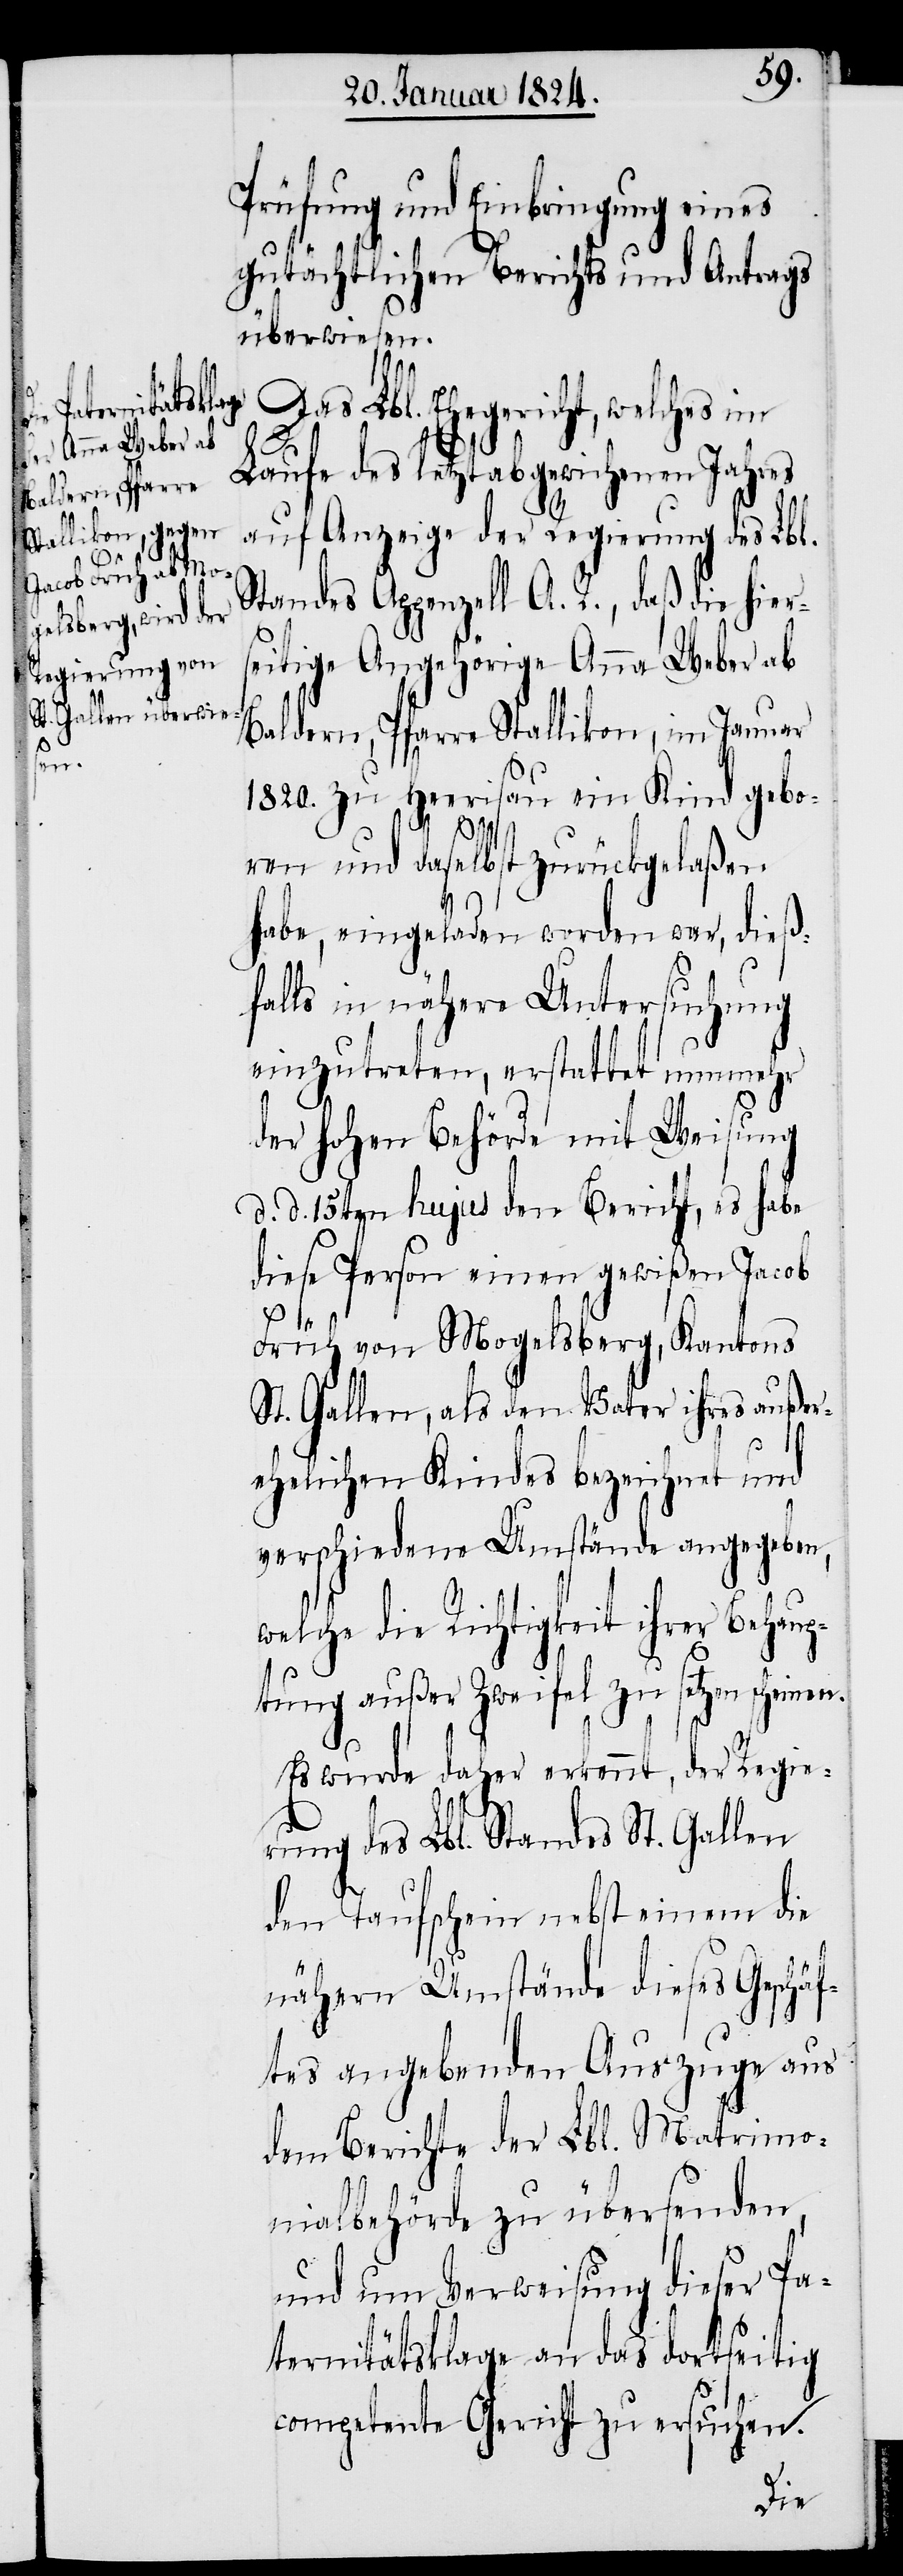
n.

Prüfung und Einbringung eines
gutächtlichen Berichts und Antrags
überwiesen.
Das Lbl. Ehegericht, welches
Laufe des letztabgewichenen Jahres
auf Anzeige der Regierung des Lbl.
Standes Appenzell A. R., daß die hiers¬
eitige Angehörige Anna Weber ab
Baldern, Pfarre Stallikon, im Januar
1820. zu Heerisau ein Kind gebo¬
ren und daselbst zurückgelaßen
habe, eingeladen worden war, dieß¬
falls in nähere Untersuchung
einzutreten, erstattet nunmehr
der hohen Behörde mit Weisung
d. d. 15ten hujus den Bericht, es habe
diese Person einen gewißen Jacob
Früh von Mogelsberg, Kantons
St. Gallen, als den Vater ihres außer¬
ehelichen Kindes bezeichnet und
verschiedene Umstände angegeben,
welche die Richtigkeit ihrer Behaup¬
tung außer Zweifel zu setzen scheine¬
Es wurde daher erkennt, der Regie¬
rung des Lbl. Standes St. Gallen
den Taufschein nebst einem die
nähern Umstände dieses Geschäf¬
tes angebenden Auszuge aus
dem Berichte der Lbl. Matrimo¬
nialbehörde zu übersenden,
und um Verweisung dieser Pa¬
ternitätsklage an das dortseitig
competente Gericht zu ersuchen.